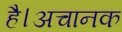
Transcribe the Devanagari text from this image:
है।अचानक